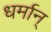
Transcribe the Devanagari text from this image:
धर्मान्